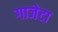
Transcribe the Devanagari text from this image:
गाजेटा